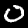
Label: 0